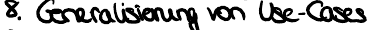
9. Generalisierung von Use-Cases